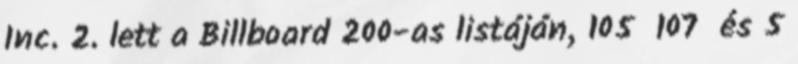
Inc. 2. lett a Billboard 200-as listáján, 105 107 és 5